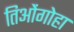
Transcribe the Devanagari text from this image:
तिओंगोहा